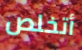
أتخلص